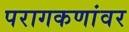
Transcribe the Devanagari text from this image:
परागकणांवर